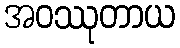
အဝဿုတာယ